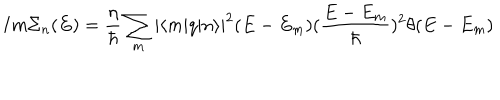
I m \Sigma _ { n } ( E ) = \frac { \eta } { \hbar } \sum _ { m } | \langle m | q | n \rangle | ^ { 2 } ( E - E _ { m } ) ( \frac { E - E _ { m } } { \hbar } ) ^ { 2 } \theta ( E - E _ { m } )